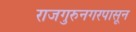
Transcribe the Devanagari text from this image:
राजगुरुनगरपासून